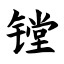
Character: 镗